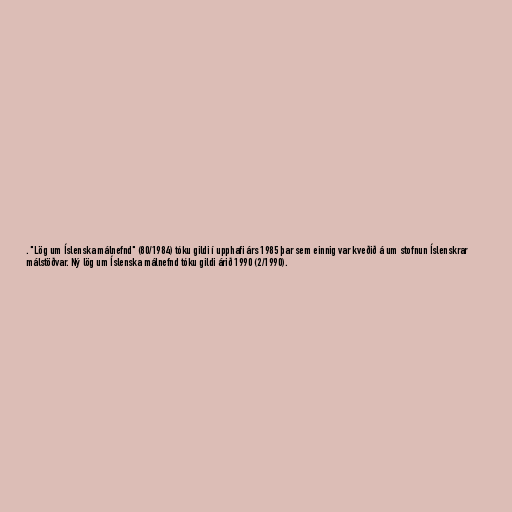
. "Lög um Íslenska málnefnd" (80/1984) tóku gildi í upphafi árs 1985 þar sem einnig var kveðið á um stofnun Íslenskrar
málstöðvar. Ný lög um Íslenska málnefnd tóku gildi árið 1990 (2/1990).